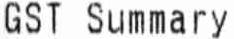
GST SUMMARY